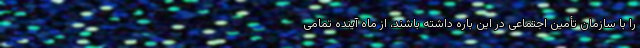
را با سازمان تأمین اجتماعی در این باره داشته باشند، از ماه آینده تمامی